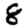
Digit: 8